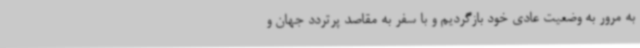
به مرور به وضعیت عادی خود بازگردیم و با سفر به مقاصد پرتردد جهان و